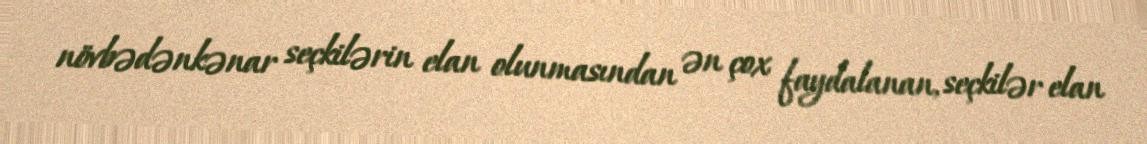
növbədənkənar seçkilərin elan olunmasından ən çox faydalanan, seçkilər elan